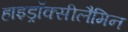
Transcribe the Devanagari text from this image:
हाइड्रॉक्सीलैमिन